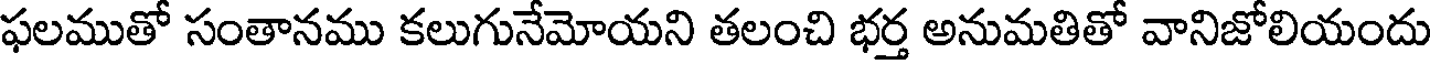
ఫలముతో సంతానము కలుగునేమోయని తలంచి భర్త అనుమతితో వానిజోలియందు